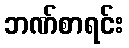
ဘဏ်စာရင်း